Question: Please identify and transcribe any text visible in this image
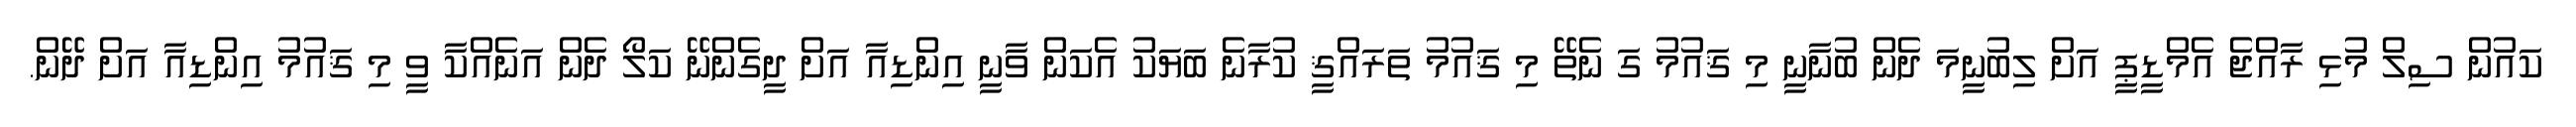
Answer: ކައުން ސިލް މުޅި ރާއްޖެ އެމްޑީޕީ އަށް ލިބުނީމަ ދެން ބުނާނީ މި ޤައުމު ގަ ނެތޭ މި ޤައުމު ތަރައްޤީ ކުރާނެ ބަޔަކު އެކަން ވާނީ އިންޑިއާ އަށް ދީގެންނޭ ކަލޯ ދެން އަނެއްކާ ވީ މި ޤައުމު އިންޑިއާ އަށް ދޭން.